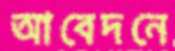
আবেদনে